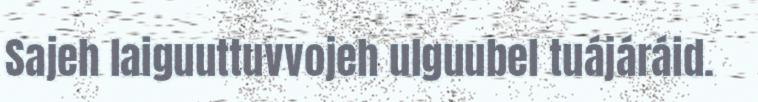
Sajeh laiguuttuvvojeh ulguubel tuájáráid.